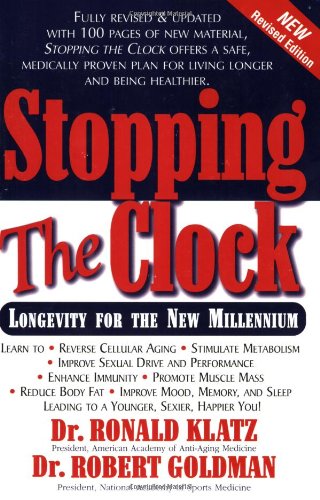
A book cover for Stopping the Clock: Longevity for the New Millenium; Ronald Klatz; Health, Fitness & Dieting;